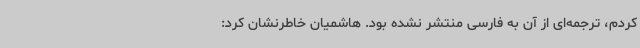
کردم، ترجمه‌ای از آن به فارسی منتشر نشده بود. هاشمیان خاطرنشان کرد: